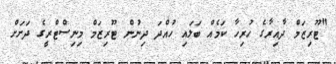
"ޓޫރިޒަމް ދާއިރާގެ ހުރިހާ ކަމެއް ބަލައި ހުއްދަ ދިނުން ޓޫރިޒަމް މިނިސްޓްރީގެ ދަށަށް